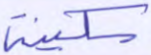
سكينة